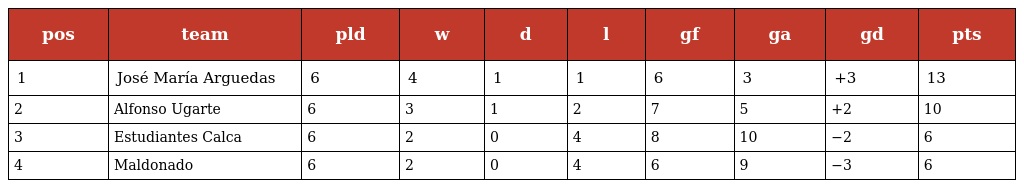
| pos | team | pld | w | d | l | gf | ga | gd | pts |
 | --- | --- | --- | --- | --- | --- | --- | --- | --- | --- |
 | 1 | José María Arguedas | 6 | 4 | 1 | 1 | 6 | 3 | +3 | 13 |
 | 2 | Alfonso Ugarte | 6 | 3 | 1 | 2 | 7 | 5 | +2 | 10 |
 | 3 | Estudiantes Calca | 6 | 2 | 0 | 4 | 8 | 10 | −2 | 6 |
 | 4 | Maldonado | 6 | 2 | 0 | 4 | 6 | 9 | −3 | 6 |